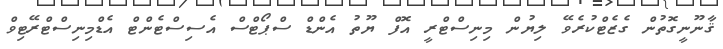
ޤާނޫނީގޮތުން ގެޒެޓްކުރެވޭ ލިޔުން މިނިސްޓްރީ އޮފް ޔޫތު އެންޑް ސްޕޯޓްސް އެސިސްޓެންޓް އެޑްމިނިސްޓްރޭޓިވް